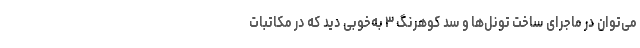
می‌توان در ماجرای ساخت تونل‌ها و سد کوهرنگ ۳ به‌خوبی دید که در مکاتبات